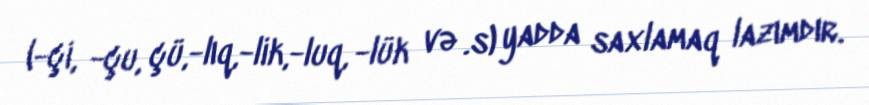
(-çi, -çu, çü,-lıq,-lik,-luq, -lük və .s) yadda saxlamaq lazımdır.